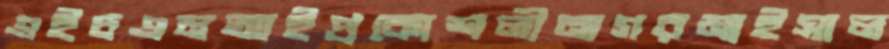
এইচএমআইপ্রকোশলীনাগরমাইসাল